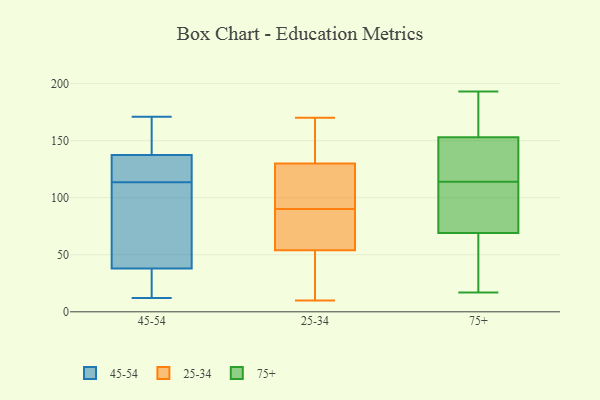
{"axis": {"x": "Conversion Rate (%)", "y": "Value"}, "legend": ["25-34", "45-54", "75+"], "data": [{"x": "", "y": 124, "type": "45-54"}, {"x": "", "y": 127, "type": "45-54"}, {"x": "", "y": 23, "type": "45-54"}, {"x": "", "y": 159, "type": "45-54"}, {"x": "", "y": 87, "type": "45-54"}, {"x": "", "y": 20, "type": "45-54"}, {"x": "", "y": 110, "type": "45-54"}, {"x": "", "y": 117, "type": "45-54"}, {"x": "", "y": 171, "type": "45-54"}, {"x": "", "y": 53, "type": "45-54"}, {"x": "", "y": 12, "type": "45-54"}, {"x": "", "y": 148, "type": "45-54"}, {"x": "", "y": 53, "type": "25-34"}, {"x": "", "y": 129, "type": "25-34"}, {"x": "", "y": 157, "type": "25-34"}, {"x": "", "y": 170, "type": "25-34"}, {"x": "", "y": 52, "type": "25-34"}, {"x": "", "y": 96, "type": "25-34"}, {"x": "", "y": 18, "type": "25-34"}, {"x": "", "y": 55, "type": "25-34"}, {"x": "", "y": 10, "type": "25-34"}, {"x": "", "y": 78, "type": "25-34"}, {"x": "", "y": 131, "type": "25-34"}, {"x": "", "y": 84, "type": "25-34"}, {"x": "", "y": 156, "type": "25-34"}, {"x": "", "y": 81, "type": "25-34"}, {"x": "", "y": 127, "type": "25-34"}, {"x": "", "y": 117, "type": "25-34"}, {"x": "", "y": 92, "type": "75+"}, {"x": "", "y": 141, "type": "75+"}, {"x": "", "y": 193, "type": "75+"}, {"x": "", "y": 153, "type": "75+"}, {"x": "", "y": 60, "type": "75+"}, {"x": "", "y": 174, "type": "75+"}, {"x": "", "y": 17, "type": "75+"}, {"x": "", "y": 151, "type": "75+"}, {"x": "", "y": 54, "type": "75+"}, {"x": "", "y": 69, "type": "75+"}, {"x": "", "y": 104, "type": "75+"}, {"x": "", "y": 183, "type": "75+"}, {"x": "", "y": 70, "type": "75+"}, {"x": "", "y": 124, "type": "75+"}]}